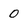
Character: 0